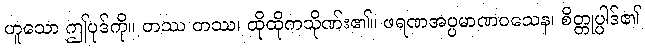
ဟူသော ဤပုဒ်ကို။ တဿ တဿ၊ ထိုထိုကသိုဏ်း၏။ ဖရဏအပ္ပမာဏဝသေန၊ စိတ္တုပ္ပါဒ်၏